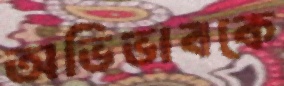
অভিভাবকে